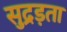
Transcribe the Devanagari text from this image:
सुद्रड़ता